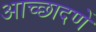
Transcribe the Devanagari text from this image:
आच्छादणें